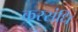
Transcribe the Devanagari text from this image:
करसंधि